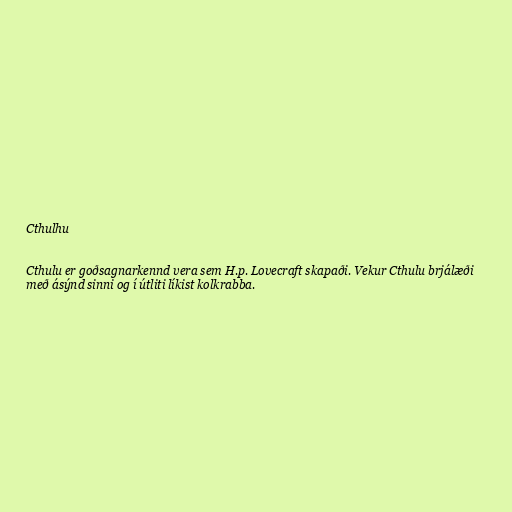
Cthulhu

Cthulu er goðsagnarkennd vera sem H.p. Lovecraft skapaði. Vekur Cthulu brjálæði
með ásýnd sinni og í útliti líkist kolkrabba.